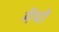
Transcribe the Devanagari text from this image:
मॅयो